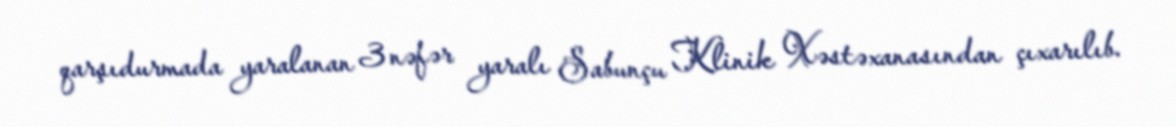
qarşıdurmada yaralanan 3 nəfər yaralı Sabunçu Klinik Xəstəxanasından çıxarılıb.